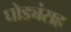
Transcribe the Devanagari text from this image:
घोड्यंसह